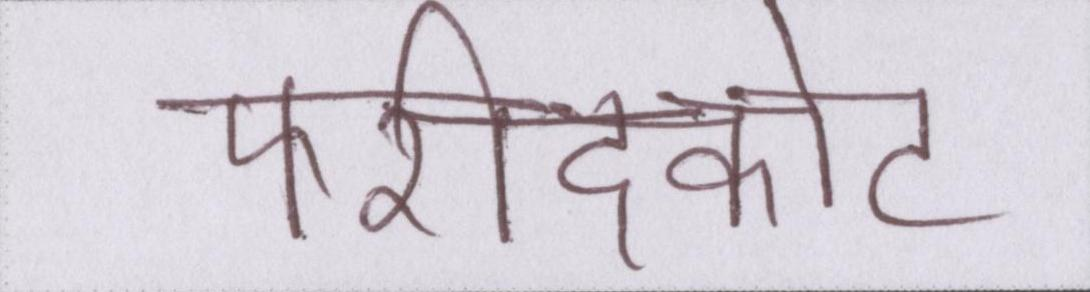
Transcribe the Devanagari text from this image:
फरीदकोट